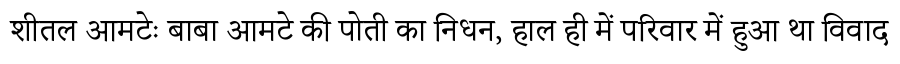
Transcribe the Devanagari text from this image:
शीतल आमटेः बाबा आमटे की पोती का निधन, हाल ही में परिवार में हुआ था विवाद